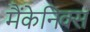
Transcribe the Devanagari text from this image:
मैंकेनिक्‍स